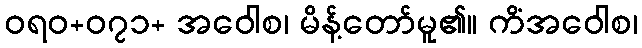
ဝရဝ+၀၇၁+ အဝေါစ၊ မိန့်တော်မူ၏။ ကိံအဝေါစ၊